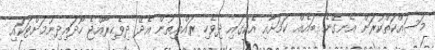
މަސައްކަތްކުރަން އެނގޭނެ ބައެއް ކަމަށާއި އެކުގައި ދިވެހި ރައްޔިތުން އެދޭ ދިވެހިރާއްޖެ ހޯދައިދިނުމަށްޓަކައި